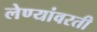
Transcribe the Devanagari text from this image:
लेण्यांवरती